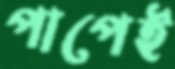
পাপেই